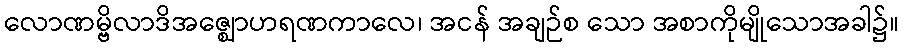
လောဏမ္ဗိလာဒိအဇ္ဈောဟရဏကာလေ၊ အငန် အချဉ်စ သော အစာကိုမျိုသောအခါ၌။